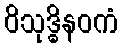
ဝိသုဒ္ဓိနဝကံ